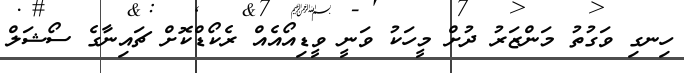
ހިނގި ވަގުތު މަންޒަރު ދުށް މީހަކު ވަނީ ވީޑިއޯއެއް ރެކޯޑްކޮށް ޗައިނާގެ ސޯޝަލް